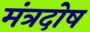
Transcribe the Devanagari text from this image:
मंत्रदोष